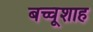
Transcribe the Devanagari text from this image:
बच्चूशाह